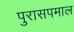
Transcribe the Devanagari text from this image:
पुरासपमाल